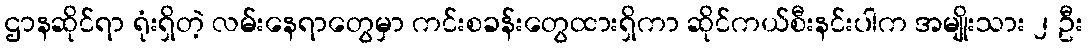
ဌာနဆိုင်ရာ ရုံးရှိတဲ့ လမ်းနေရာတွေမှာ ကင်းစခန်းတွေထားရှိကာ ဆိုင်ကယ်စီးနင်းပါက အမျိုးသား ၂ ဦး